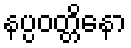
နပ္ပဝတ္တိနော